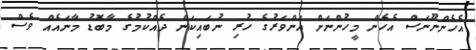
އެހެންނޫނަސް އެހެން މީހުންނަށް އަންވަރުގެ ހުރި ނުބައިކަން ދެއްކުމުގެ މާބޮޑު މާނައެއް ވެސް